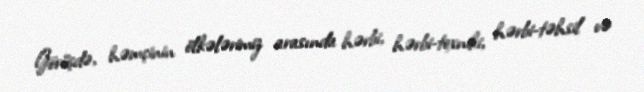
Görüşdə, həmçinin ölkələrimiz arasında hərbi, hərbi-texniki, hərbi-təhsil və